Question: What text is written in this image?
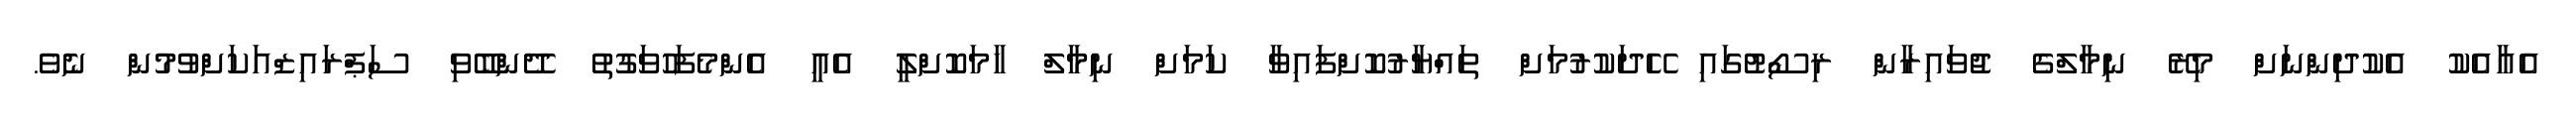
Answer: އެއާއެކު އެކުދިންނަށް މިރޭ ނިމާލްގެ ޖުވައިރާން ރިސޯޓުގައި ހޭދަކުރުމަށް ތައްޔާރުކޮށްފައިވާ ކަމަށް ނިމާލް ހާމަކޮށްލީ އެއީ އެންމެފަހުވަގުތު ދޭންބޭވި ސަޕްރައިޒްއަކަށްވުމުން ނެވެ.